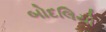
બોદલિયો